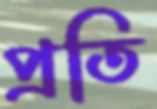
প্রতি